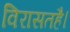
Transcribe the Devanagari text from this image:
विरासतहै।